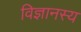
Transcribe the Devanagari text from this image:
विज्ञानस्य